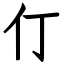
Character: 仃